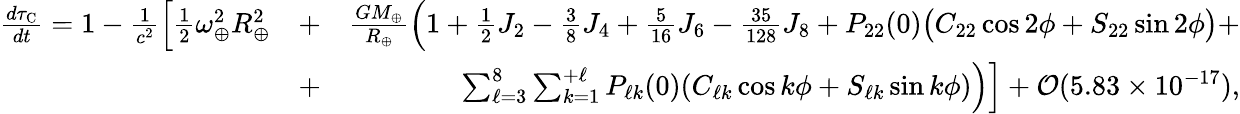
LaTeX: \begin{array}{rlr}{\frac{d\tau_{\mathrm{C}}}{dt}=1-\frac{1}{c^{2}}\Big[{\textstyle\frac{1}{2}}\omega_{\oplus}^{2}R_{\oplus}^{2}}&{+}&{\frac{GM_{\oplus}}{R_{\oplus}}\Big(1+{\textstyle\frac{1}{2}}J_{2}-{\textstyle\frac{3}{8}}J_{4}+{\textstyle\frac{5}{16}}J_{6}-{\textstyle\frac{35}{128}}J_{8}+P_{22}(0)\big(C_{22}\cos 2\phi+S_{22}\sin 2\phi\big)+}\\ &{+}&{\sum_{\ell=3}^{8}\sum_{k=1}^{+\ell}P_{\ell k}(0)(C_{\ell k}\cos k\phi+S_{\ell k}\sin k\phi)\Big)\Big]+{\cal O}(5.83\times 10^{-17}),}\end{array}